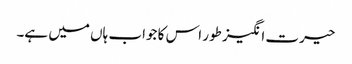
حیرت انگیز طور اس کا جواب ہاں میں ہے۔